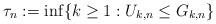
LaTeX: \begin{align*} \tau_n:=\inf\{k\geq1:U_{k,n}\leq G_{k,n}\}\end{align*}